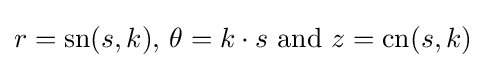
r=\operatorname {sn} (s,k),\,\theta =k\cdot s{\text{ and }}z=\operatorname {cn} (s,k)